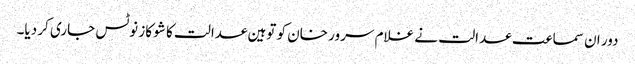
دور ان سماعت عدالت نے غلام سرور خان کو توہین عدالت کا شو کاز نوٹس جاری کر دیا۔